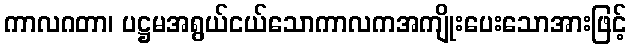
ကာလဂတာ၊ ပဋ္ဌမအရွယ်ငယ်သောကာလကအကျိုးပေးသောအားဖြင့်